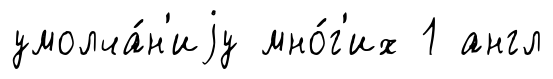
умолча́н'иjу мно́г'их 1 англ